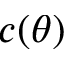
c ( \theta )